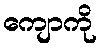
ကျောကို